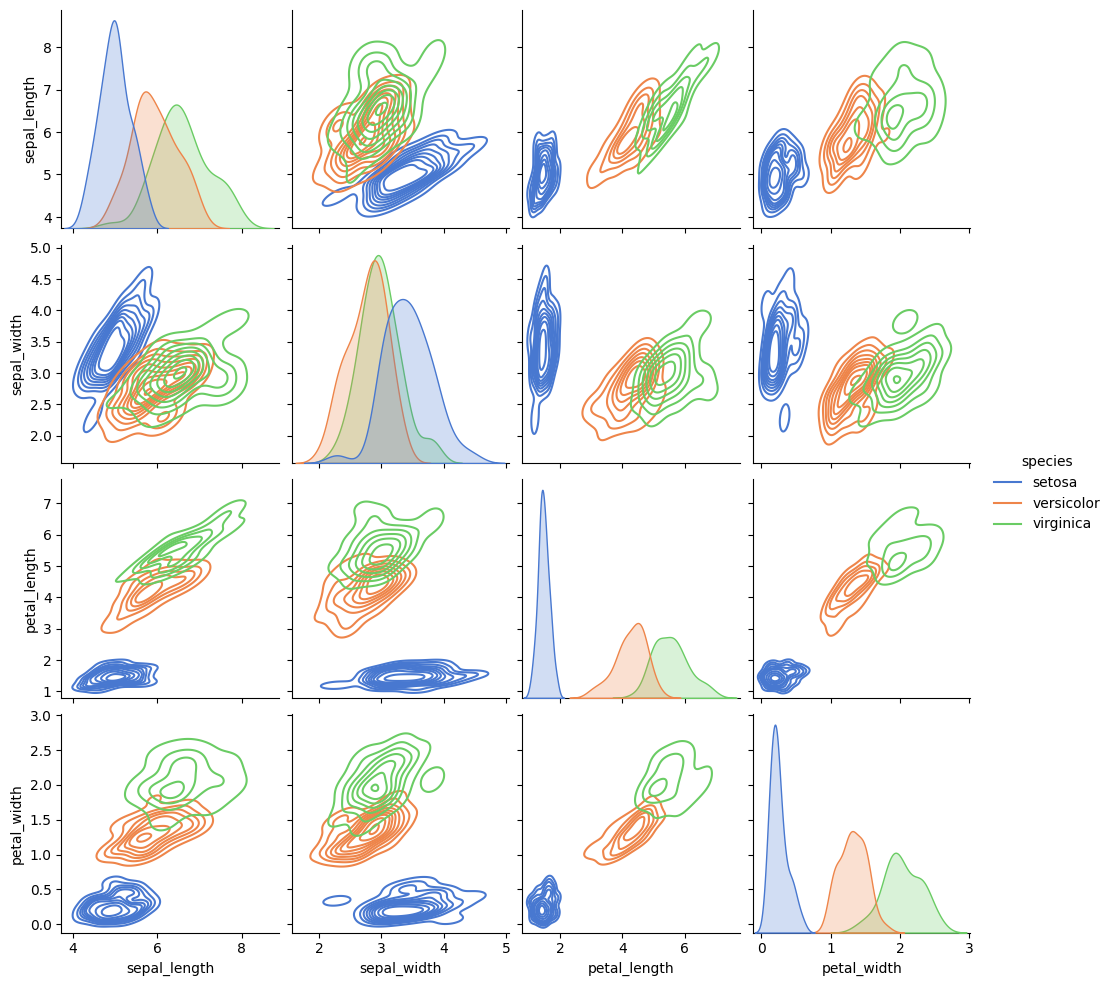
python, seaborn, pairplot, palette='muted', markers=['o', 's', 'D'], kind='kde', diag_kind='auto'